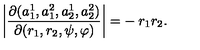
\left| \frac { \partial ( a _ { 1 } ^ { 1 } , a _ { 1 } ^ { 2 } , a _ { 2 } ^ { 1 } , a _ { 2 } ^ { 2 } ) } { \partial ( r _ { 1 } , r _ { 2 } , \psi , \varphi ) } \right| = - \: r _ { 1 } r _ { 2 } .